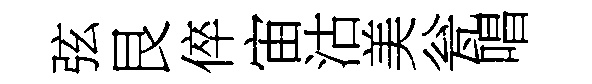
弦艮倅宙沽美瓮唱